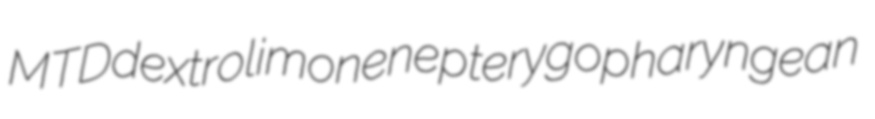
MTD dextrolimonene pterygopharyngean